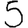
Digit: 5